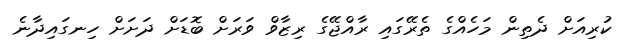
ކުރިއަށް ދެތިން މަހެއްގެ ތެރޭގައި ރާއްޖޭގެ ރިޒާވް ވަރަށް ބޮޑަށް ދަށަށް ހިނގައިދާނެ